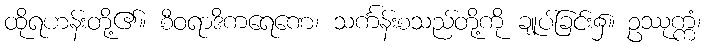
ထိုရဟန်းတို့၏။ စီဝရာဒိကရေဏေ၊ သင်္ကန်းစသည်တို့ကို ချုပ်ခြင်း၌။ ဥဿုက္ကံ၊